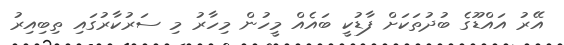
އޭރު އައްޑޫގެ ބުދުތަކަށް ފާޑުކީ ބައެއް މީހުން މިހާރު މި ސަރުކާރުގައި ތިބިއިރު